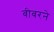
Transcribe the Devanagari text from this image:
बीबरने